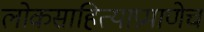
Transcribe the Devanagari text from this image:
लोकसाहित्याप्रमाणेच